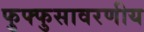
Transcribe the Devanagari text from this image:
फुफ्फुसावरणीय